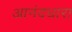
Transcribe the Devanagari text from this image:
आनंदधारा